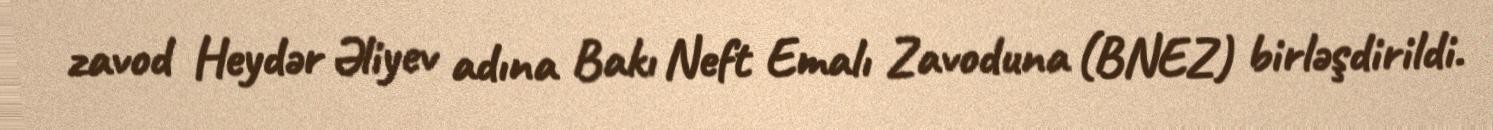
zavod Heydər Əliyev adına Bakı Neft Emalı Zavoduna (BNEZ) birləşdirildi.